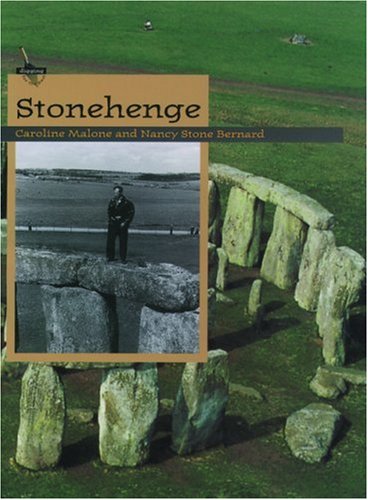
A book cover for Stonehenge (Digging for the Past); Caroline Malone; Teen & Young Adult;